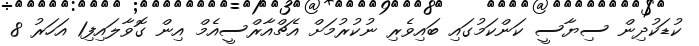
ކުޑަކުދިން ސިޔާސީ ކަންކަމުގައި ބައިވެރި ނުކުރުމަށް އެޗްއާރްސީއެމް އިން ގޮވާލައިފި1 އަހަރު 8